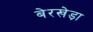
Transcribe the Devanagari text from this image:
बेरखेड़ा